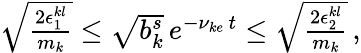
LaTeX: \begin{array}{r}{\sqrt{\frac{2\epsilon_{1}^{kl}}{m_{k}}}\le\sqrt{b_{k}^{s}}\, e^{-\nu_{ke}\, t}\le\sqrt{\frac{2\epsilon_{2}^{kl}}{m_{k}}}\, ,}\end{array}